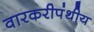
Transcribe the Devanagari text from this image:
वारकरीपंथीय